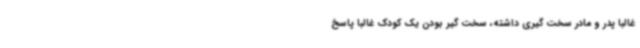
غالباً پدر و مادر سخت گیری داشته، سخت گیر بودن یک کودک غالباً پاسخ